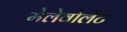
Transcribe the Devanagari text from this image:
मेलेवोलेंट